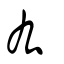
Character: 厷